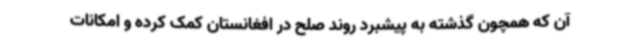
آن که همچون گذشته به پیشبرد روند صلح در افغانستان کمک کرده و امکانات